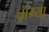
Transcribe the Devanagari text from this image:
चांग्या